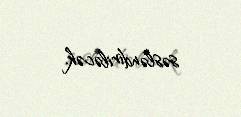
səsləndiriləcək.